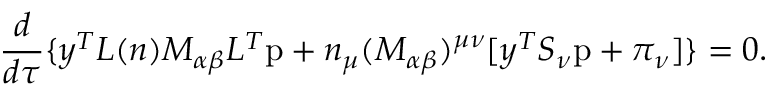
\frac { d } { d \tau } \{ y ^ { T } { \cal L } ( n ) { \cal M } _ { \alpha \beta } { \cal L } ^ { T } \mathrm { p } + n _ { \mu } ( { \cal M } _ { \alpha \beta } ) ^ { \mu \nu } [ y ^ { T } S _ { \nu } \mathrm { p } + \pi _ { \nu } ] \} = 0 .